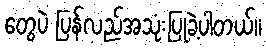
တွေပဲ ပြန်လည်အသုံးပြုခဲ့ပါတယ်။